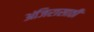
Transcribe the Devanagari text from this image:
अंजिरासाठी